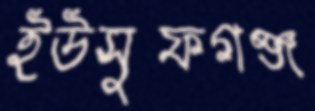
ইউসুফগঞ্জ